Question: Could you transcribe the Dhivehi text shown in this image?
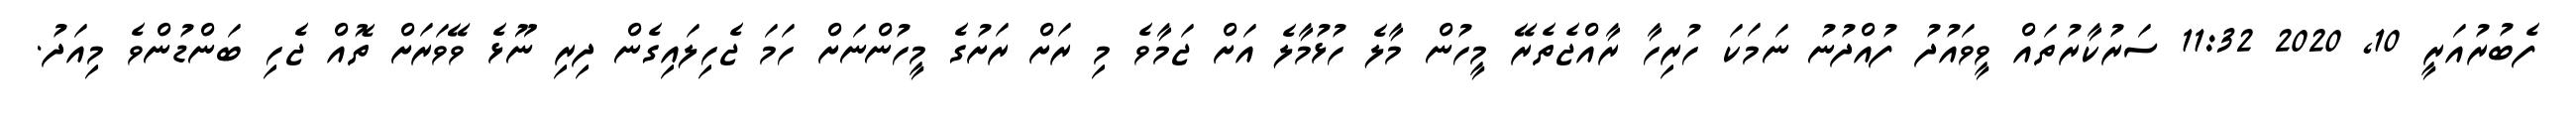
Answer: ފެބުރުއަރީ 10, 2020 11:32 ސަރުކާރުތައް ވީވައުދު ފުއްދުނު ނަމަކަ ހުރިހާ ރާއްޖެތެރޭ މީހުން މާލެ ހުޅުމާލެ އަށް ޖަމާވެ މި ރަށް ރަށުގެ މީހުންނަށް ހަމަ ޖެހިލައިގެން ދިރި ނޫޅެ ވޭވަރަށް ތޮއް ޖެހި ބަންޑުންވެ މިއަދު.